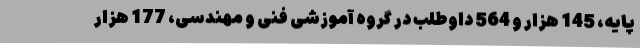
پایه، 145 هزار و 564 داوطلب در گروه آموزشی فنی و مهندسی، 177 هزار